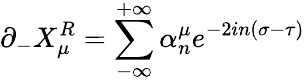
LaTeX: \partial_{-}X_{\mu}^{R}=\sum_{-\infty}^{+\infty}\alpha_{n}^{\mu}e^{-2in(\sigma-\tau)}